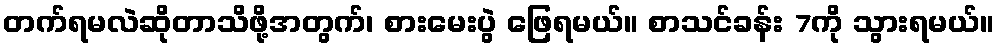
တက်ရမလဲဆိုတာသိဖို့အတွက်၊ စားမေးပွဲ ဖြေရမယ်။ စာသင်ခန်း 7ကို သွားရမယ်။